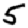
Digit: 5